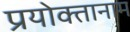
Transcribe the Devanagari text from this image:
प्रयोक्तानाम